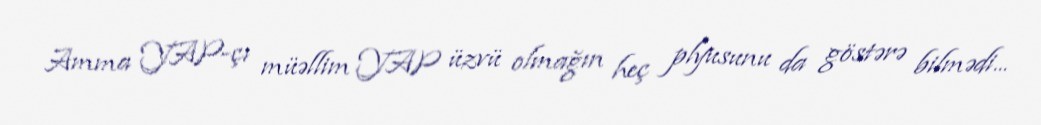
Amma YAP-çı müəllim YAP üzvü olmağın heç plyusunu da göstərə bilmədi...